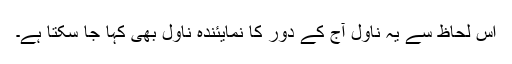
اس لحاظ سے یہ ناول آج کے دور کا نمایئندہ ناول بھی کہا جا سکتا ہے۔